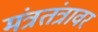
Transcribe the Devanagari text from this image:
मंत्रतंत्रावर